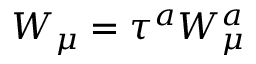
W _ { \mu } = \tau ^ { a } W _ { \mu } ^ { a }